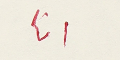
انا